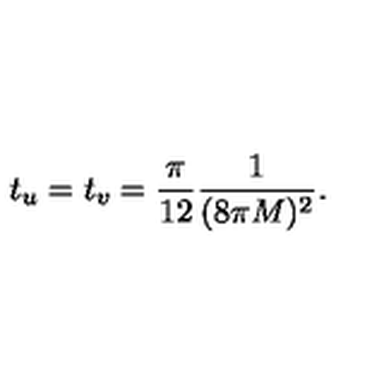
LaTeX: t _ { u } = t _ { v } = { \frac { \pi } { 1 2 } } { \frac { 1 } { ( 8 \pi M ) ^ { 2 } } } .